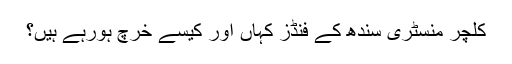
کلچر منسٹری سندھ کے فنڈز کہاں اور کیسے خرچ ہورہے ہیں؟